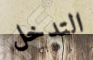
التدخل